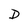
Character: D